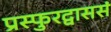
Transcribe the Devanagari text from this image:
प्रस्फुरद्वाससं